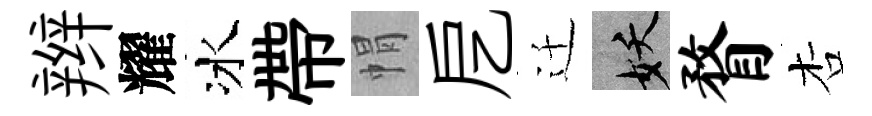
辫耀冰帶㡌戹迁妖瞀杏